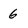
Character: 6